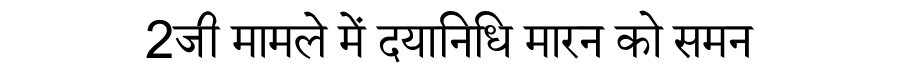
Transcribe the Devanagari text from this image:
2जी मामले में दयानिधि मारन को समन